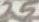
Text: 25